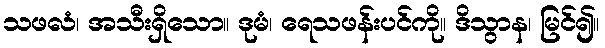
သဖလံ၊ အသီးရှိသော။ ဒုမံ၊ ရေသဖန်းပင်ကို။ ဒိသွာန၊ မြင်၍။